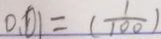
0 . 0 1 = ( \frac { 1 } { 1 0 0 } )